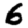
Digit: 6